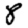
Digit: 8